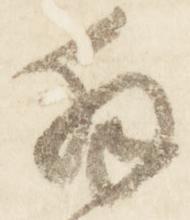
拝